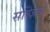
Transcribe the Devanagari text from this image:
सब्ज़ियो